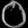
Digit: ၀